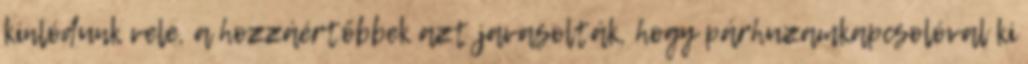
kinlódunk vele, a hozzáértőbbek azt javasolták, hogy párhuzamkapcsolóval ki